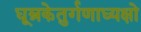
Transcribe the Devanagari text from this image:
धूम्रकेतुर्गणाध्यक्षो